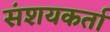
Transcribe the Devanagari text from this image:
संशयकर्ता